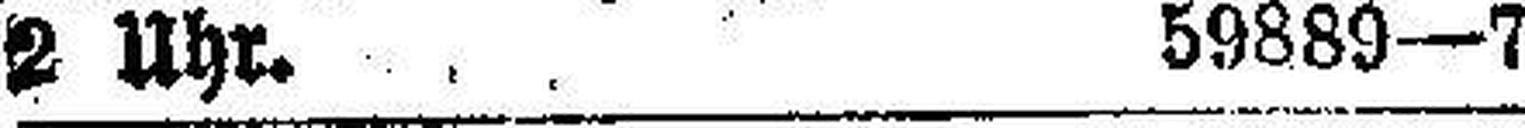
2 Uhr. 59889—7